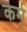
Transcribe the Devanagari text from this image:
कर्म्